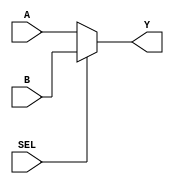
module MUX21(
	input          SEL,
	input [31:0]   A,
	input [31:0]   B,
	output [31:0]  Y
);
	assign         Y = (SEL == 0)?A:B;
endmodule